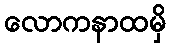
လောကနာထမှိ